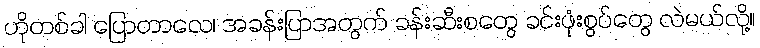
ဟိုတစ်ခါ ပြောတာလေ၊ အခန်းပြာအတွက် ခန်းဆီးစတွေ ခင်းဖုံးစွပ်တွေ လဲမယ်လို့။